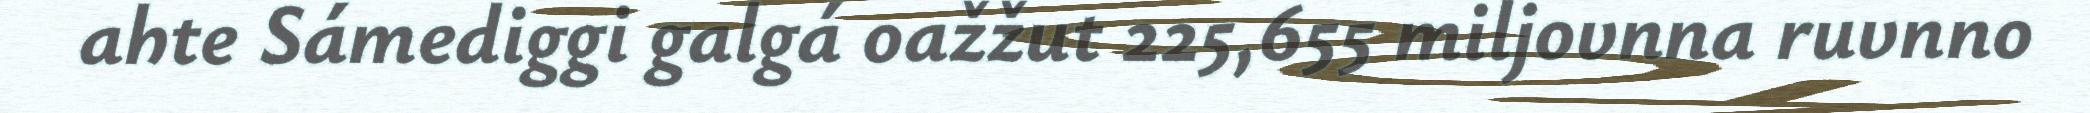
ahte Sámediggi galgá oažžut 225,655 miljovnna ruvnno